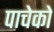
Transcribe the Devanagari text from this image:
पाचेको